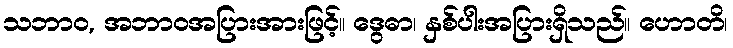
သဘာဝ, အဘာဝအပြားအားဖြင့်။ ဒွေဓာ၊ နှစ်ပါးအပြားရှိသည်။ ဟောတိ၊